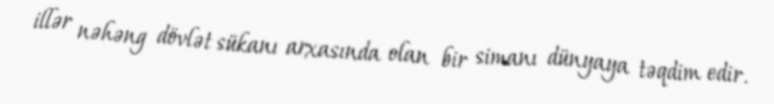
illər nəhəng dövlət sükanı arxasında olan bir simanı dünyaya təqdim edir.